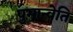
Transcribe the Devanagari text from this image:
पुमान्वेति